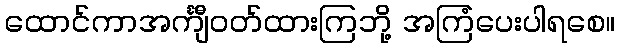
ထောင်ကာအင်္ကျီဝတ်ထားကြဘို့ အကြံပေးပါရစေ။